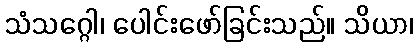
သံသဂ္ဂေါ၊ ပေါင်းဖော်ခြင်းသည်။ သိယာ၊